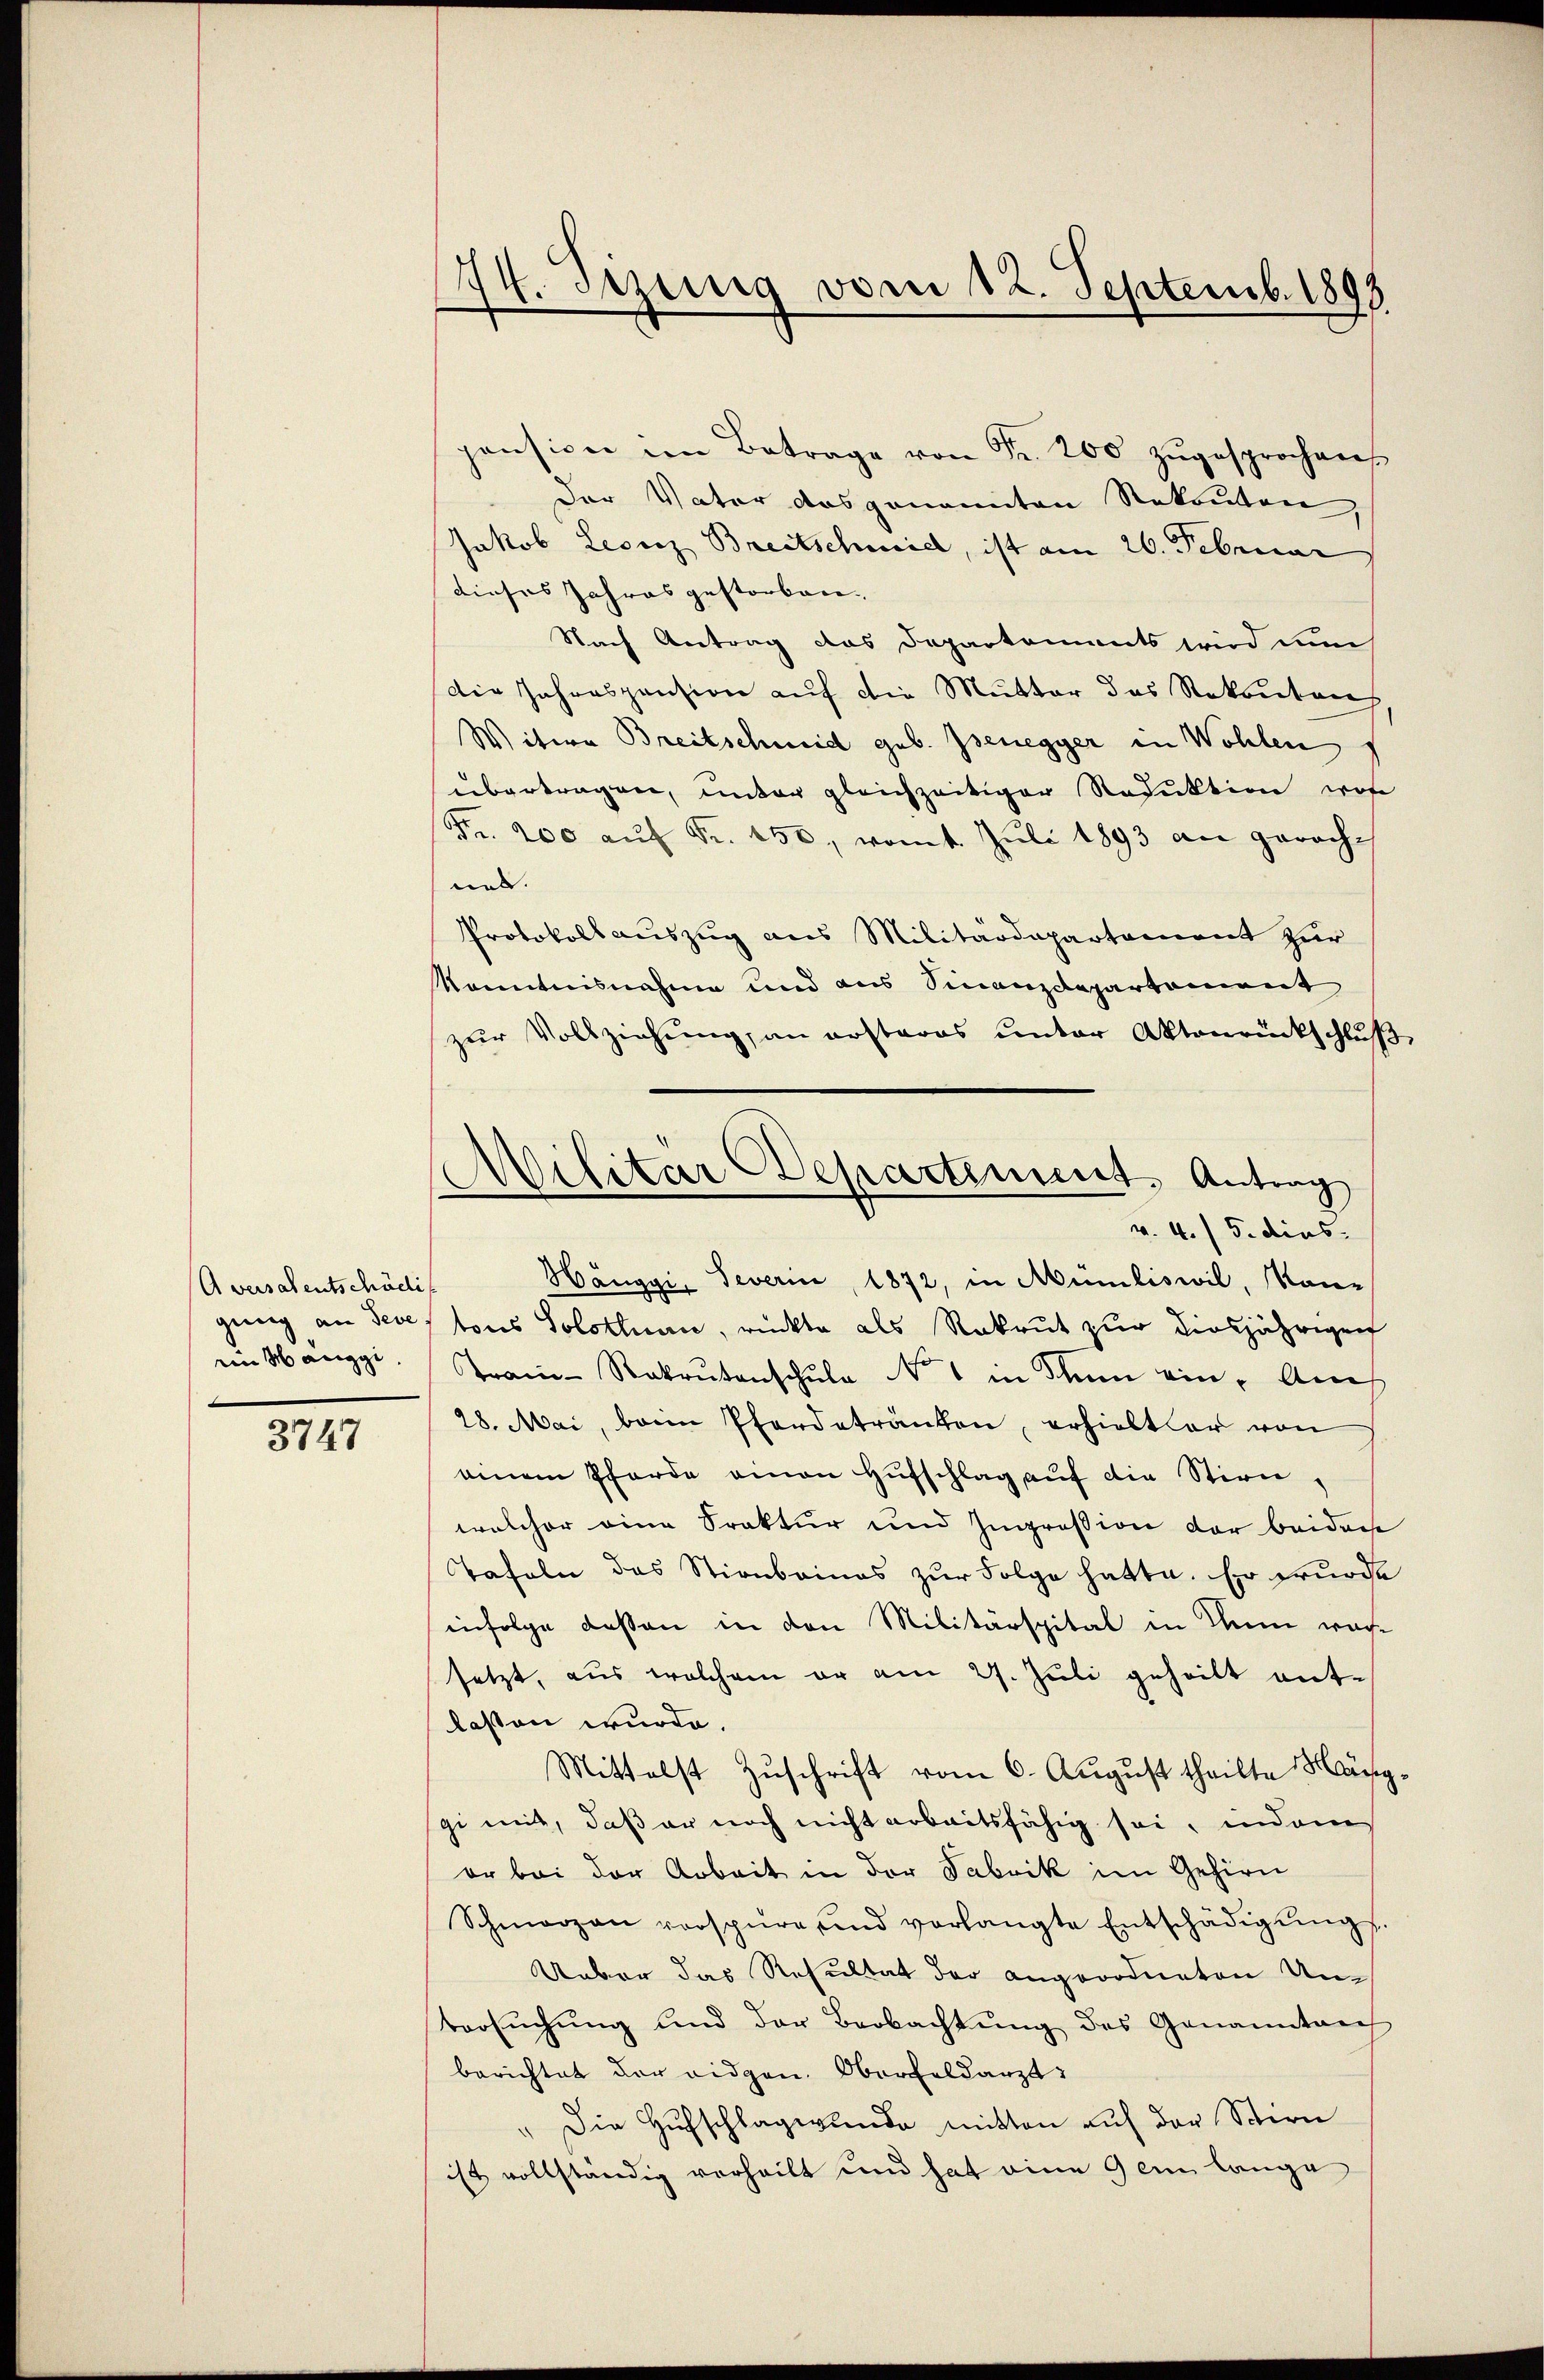
Aversalentschädi
ein Mänggi,

3747

pension im Betrage von Fr. 200 zŭgesprochen
Der Vater das genannten Rekonten
Jakob Leonz Breitschmid, ist am 26. Februar
dieses Jahres gestorben.
Nach Antrag das Departements wird nun
die Jahrespension auf die Mutter das Rekonten
Witwe Breitschmid geb. Isenegger in Wohlen
übertragen, unter gleichzeitiger Reduktion wor
Fr. 200 auf Fr. 150, womit Juli 1893 an gerachnal.
Protokollauszug aus Militärdepartement zur
Kenntnisnahme und aus Finanzdepartement
zŭr Vollziehŭng an erstares ŭnter Aktenrückschlŭβ
Hänggi, Severin, 1872, in Münliswil, anging an Seve, tous Solothurn, rückte als Rekrut zur diesjährigen
Tram-Rakrutenschule No 1 in den ein. Auch
28. Mai, beim Pferdetränken, erhieltler von
einem Pferde einen Hufschlag aŭf die Stirn,
welcher eine Praktur und Ingression der beidech
Tafeln das Stirnbaines zur Folge hatte. Er wurde
infolge dessen in den Militärspital in Thun wach-
setzt, aus welchem er am 27. Juli geheilt entlassen wurde.
Mittelst Zuschrift vom 6. August theilte Hänggi mit, daß er noch nicht arbeitsfähig sei, indem
er bei der Arbeit in der Fabrik im Gehirn
Schmerzen verspüre und verlangte Entschädigŭngs
Ueber das Resultat der angeordneten Untersŭchŭng und der Beobachtŭng des Genanntnis
berichtet der eidgen. Oberfeldarzt
" Die Hufschlagwunde mitten auf der Schirn
ist vollständig verheilt und hat eine Gem lange

174. Sizung vom 12. Septemb. 1893

Militär Departiment, Antrag
v. 4. / 5. dies